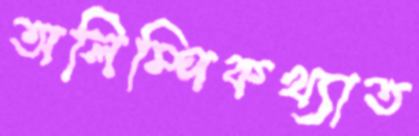
অলিম্পিকখ্যাত